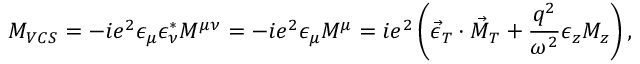
{ \cal M } _ { V C S } = - i e ^ { 2 } \epsilon _ { \mu } \epsilon _ { \nu } ^ { \ast } M ^ { \mu \nu } = - i e ^ { 2 } \epsilon _ { \mu } M ^ { \mu } = i e ^ { 2 } \left( \vec { \epsilon } _ { T } \cdot \vec { M } _ { T } + \frac { q ^ { 2 } } { \omega ^ { 2 } } \epsilon _ { z } M _ { z } \right) ,